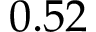
0 . 5 2